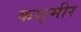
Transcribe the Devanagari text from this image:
कश्‌मीर